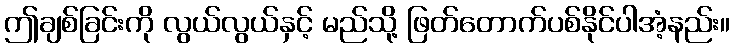
ဤချစ်ခြင်းကို လွယ်လွယ်နှင့် မည်သို့ ဖြတ်တောက်ပစ်နိုင်ပါအံ့နည်း။